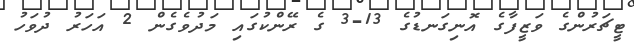
ޓީޗަރުންގެ ވަޒީފާގެ އޮނިގަނޑުގެ 13-3 ގެ ރޭންކުގައި މަދުވެގެން 2 އަހަރު ދުވަހު